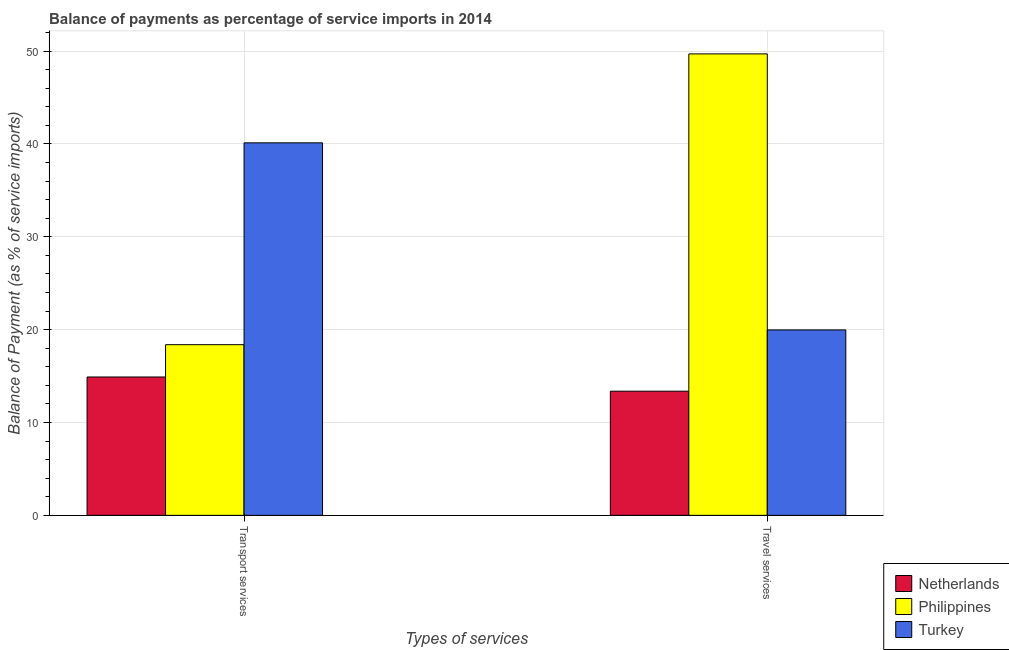
| Types of services | Netherlands | Philippines | Turkey |
 | --- | --- | --- | --- |
 | Transport services | 14.9 | 18.4 | 40.1 |
 | Travel services | 13.4 | 49.7 | 20 |